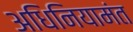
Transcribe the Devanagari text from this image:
अधिनियामंत